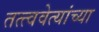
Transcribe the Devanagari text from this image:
तत्त्ववेत्यांच्या